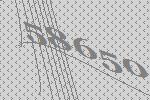
58650